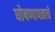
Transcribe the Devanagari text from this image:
घोषणापत्राचे